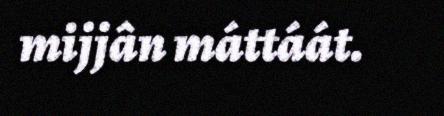
mijjân máttáát.